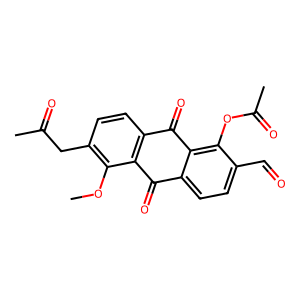
SMILES: COc1c(CC(C)=O)ccc2c1C(=O)c1ccc(C=O)c(OC(C)=O)c1C2=O
Inhibits HIV replication: No